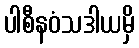
ပါစီနဝံသဒါယမှိ